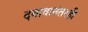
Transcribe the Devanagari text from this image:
दबावानंतरही